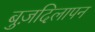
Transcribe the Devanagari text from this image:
बुज़दिलापन